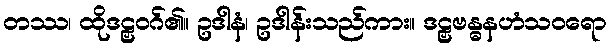
တဿ၊ ထိုဒဠှဝဂ်၏။ ဥဒါနံ၊ ဥဒါန်းသည်ကား။ ဒဠှဗန္ဓနဟံသဝရော